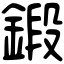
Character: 鍛